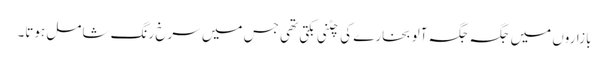
بازاروں میں جگہ جگہ آلو بخارے کی چٹنی بکتی تھی جس میں سرخ رنگ شامل ہوتا۔